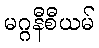
မဂ္ဂနီစီယမ်